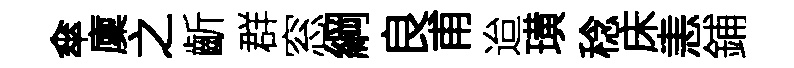
傘廩之齗群窓綱良甫迨璜稔床恚鋪